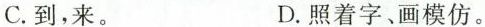
C.到,来。D.照着字、画模仿。